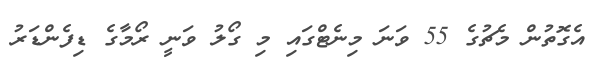
އެގޮތުން މެޗުގެ 55 ވަނަ މިނެޓްގައި މި ގޯލު ވަނީ ރޯމާގެ ޑިފެންޑަރު